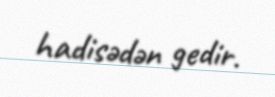
hadisədən gedir.